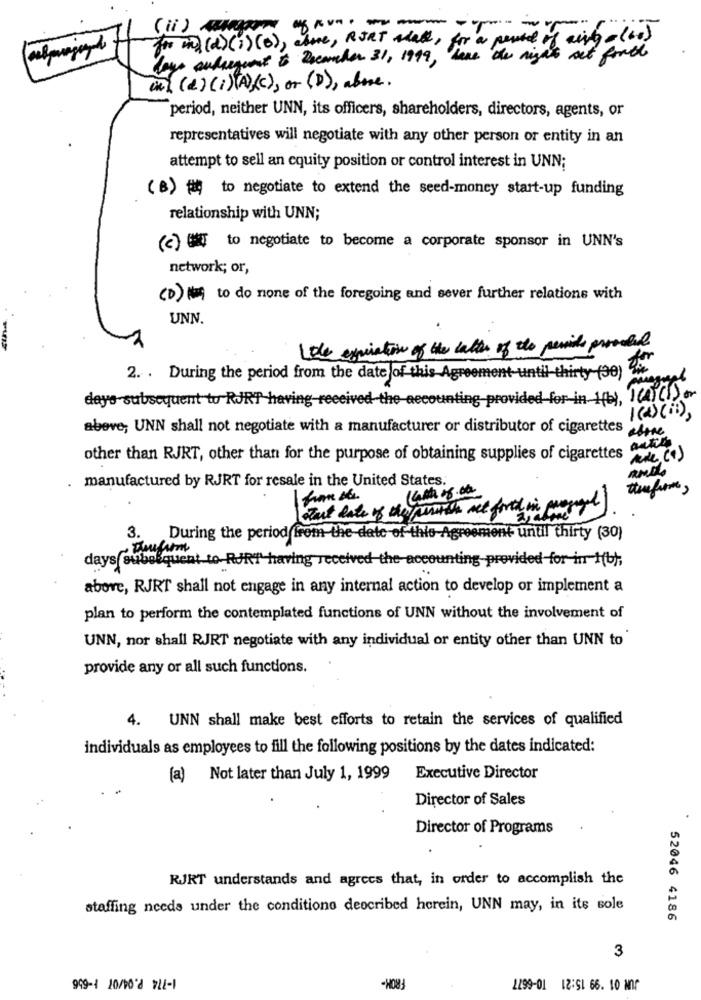
(ii) assure you. mmm -----
for mind(d) (1) (0), close, RJRT stall, for a peste of airya (co)
lays autarguent i December 31, 1999, have the night set forth
inl (d) (i)A><>, or (D), above.
period, neither UNN, its officers, shareholders, directors, agents, or
representatives will negotiate with any other person or entity in an
attempt to sell an equity position or control interest in UNN;
(B) # to negotiate to extend the seed-money start-up funding
relationship with UNN;
(c) UT to negotiate to become a corporate sponsor in UNN's
network; or,
(D) to do none of the foregoing and sever further relations with
UNN.
Dle expiration of the cables of the permite provolal
2. . During the period from the date of this Agreement-until-thirty-(30)
magnet
days subsequent to RJRT having received the accounting provided for in 1(b), I(4)(1)or
1 (2) (ii),
above; UNN shall not negotiate with a manufacturer or distributor of cigarettes
other than RJRT, other than for the purpose of obtaining supplies of cigarettes
manufactured by RJRT for resale in the United States.
-
start date of the parish act forth in progress)
3. During the period from the date of this Agreement until thirty (30)
days subelquent to-RJRT having received the accounting-provided for in-1(b),
above, RJRT shall not engage in any internal action to develop or implement a
plan to perform the contemplated functions of UNN without the involvement of
UNN, nor shall RJRT negotiate with any individual or entity other than UNN to
provide any or all such functions.
4. UNN shall make best efforts to retain the services of qualified
individuals as employees to fill the following positions by the dates indicated:
(a) Not later than July 1, 1999
Executive Director
Director of Sales
Director of Programs
RJRT understands and agrees that, in order to accomplish the
staffing needs under the conditions described herein, UNN may, in its sole
52046 4186
3
2299-01 12:51 66. 10 M07